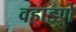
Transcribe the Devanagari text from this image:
वहाडणे